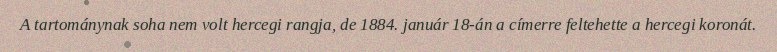
A tartománynak soha nem volt hercegi rangja, de 1884. január 18-án a címerre feltehette a hercegi koronát.